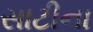
સાટીના